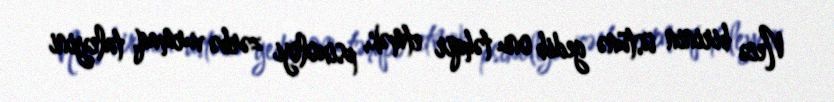
Necə birinin üstünə gedib onu təhqir etmək, psixoloji zərbə vurmaq, taleyini